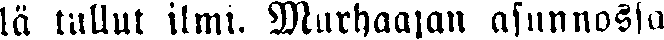
lä tullut ilmi. Murhaajan asunnossa